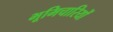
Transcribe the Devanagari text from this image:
भूमिचारियों